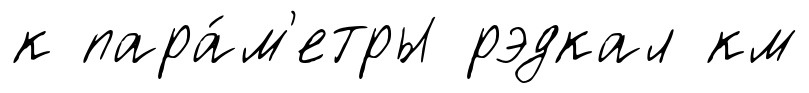
к пара́м'етры рэдкал км